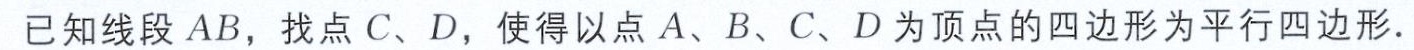
已知线段\(AB\)，找点\(C、D\)，使得以点\(A、B、C、D\)为顶点的四边形为平行四边形.